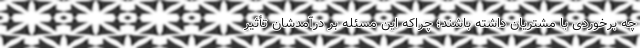
چه برخوردی با مشتریان داشته باشند؛ چراکه این مسئله بر درآمدشان تأثیر